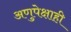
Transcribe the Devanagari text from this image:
अणुपेक्षाही